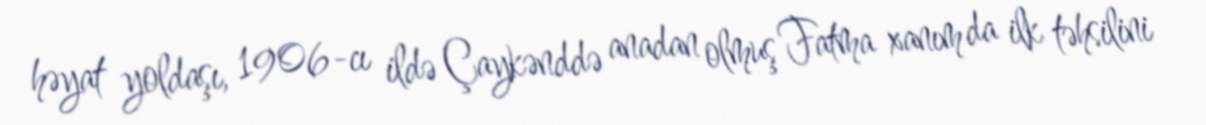
həyat yoldaşı, 1906-cı ildə Çaykənddə anadan olmuş Fatma xanım da ilk təhsilini